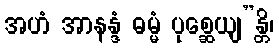
အဟံ အာနန္ဒံ ဓမ္မံ ပုစ္ဆေယျ”န္တိ၊